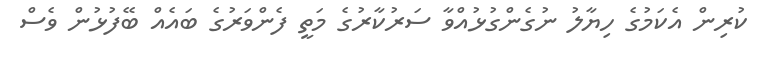
ކުރިން އެކަމުގެ ހިޔާލު ނުގެންގުޅުއްވާ ސަރުކާރުގެ މަތީ ފެންވަރުގެ ބައެއް ބޭފުޅުން ވެސް